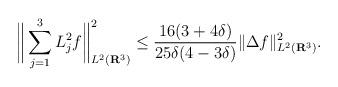
LaTeX: \begin{align*}\bigg\| \sum_{j=1}^3 L_j^2f \bigg\|_{L^2(\mathbf{R}^3)}^2 \leq \frac{16(3 + 4\delta)}{25\delta(4 - 3\delta)} \|\Delta f\|^{2}_{L^2(\mathbf{R}^3)}.\end{align*}